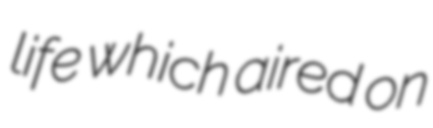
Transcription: life which aired on